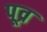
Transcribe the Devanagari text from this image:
पूव्र